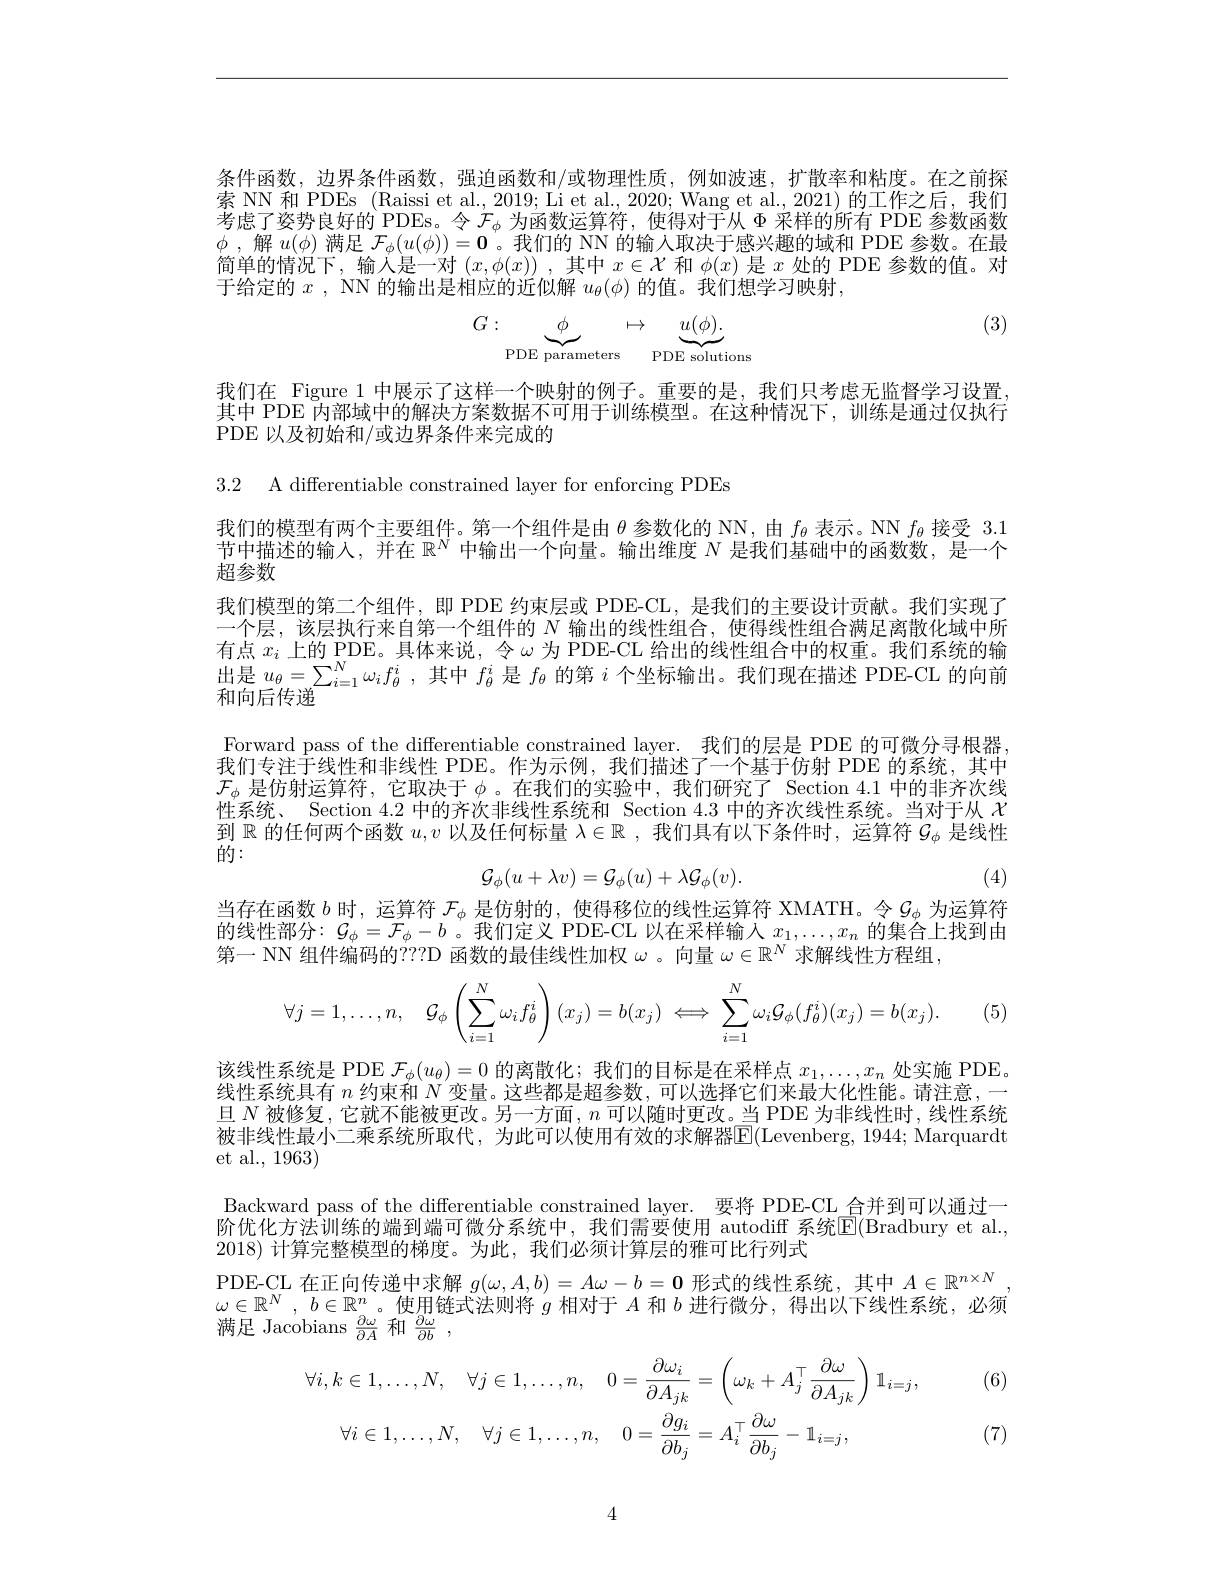
条件函数，边界条件函数，强迫函数和/或物理性质，例如波速，扩散率和粘度。在之前探索 NN 和 PDEs (Raissi et al., 2019; Li et al., 2020; Wang et al., 2021) 的工作之后，我们考虑了姿势良好的 PDEs。令$\mathcal{F}_\phi$为函数运算符，使得对于从$\Phi$采样的所有 PDE 参数函数$\phi$ ,解$u(\phi)$满足$\mathcal{F}_\phi(u(\phi))=\mathbf{0}$。我们的 NN 的输入取决于感兴趣的域和 PDE 参数。在最简单的情况下，输入是一对$(x,\phi(x))$ ,其中$x\in\mathcal{X}$和$\phi(x)$是$x$处的 PDE 参数的值。对于给定的$x$ , NN 的输出是相应的近似解$u_\theta(\phi)$的值。我们想学习映射，

(3)
$$G:\underbrace{\phi}_{\text{PDE parameters}}\mapsto\underbrace{u(\phi).}_{\text{PDE solutions}}$$
我们在 Figure 1 中展示了这样一个映射的例子。重要的是，我们只考虑无监督学习设置， 其中 PDE 内部域中的解决方案数据不可用于训练模型。在这种情况下，训练是通过仅执行PDE 以及初始和/或边界条件来完成的

3.2 A differentiable constrained layer for enforcing PDEs

我们的模型有两个主要组件。第一个组件是由$\theta$参数化的 NN,由$f_\theta$表示。NN $f_\theta$接受 3.1节中描述的输入，并在$\mathbb{R}^N$中输出一个向量。输出维度$N$是我们基础中的函数数，是一个超参数
我们模型的第二个组件，即 PDE 约束层或 PDE-CL,是我们的主要设计贡献。我们实现了一个层，该层执行来自第一个组件的$N$输出的线性组合，使得线性组合满足离散化域中所有点$x_i$上的 PDE。具体来说，令$\omega$为 PDE-CL 给出的线性组合中的权重。我们系统的输出是$u_\theta=\sum_{i=1}^N\omega_if_\theta^i$,其中$f_\theta^i$是$f_\theta$的第$i$个坐标输出。我们现在描述 PDE-CL 的向前和向后传递
Forward pass of the differentiable constrained layer. 我们的层是 PDE 的可微分寻根器我们专注于线性和非线性 PDE。作为示例，我们描述了一个基于仿射 PDE 的系统，其中$\mathcal{F}_\phi$是仿射运算符，它取决于$\phi$ 。在我们的实验中，我们研究了 Section 4.1 中的非齐次线性系统、 Section 4.2 中的齐次非线性系统和 Section 4.3中的齐次线性系统。当对于从$\chi$ 到$\mathbb{R}$的任何两个函数$u,v$以及任何标量$\lambda\in\mathbb{R}$ ,我们具有以下条件时，运算符$\mathcal{G}_\phi$是线性的：
$$\mathcal{G}_{\phi}(u+\lambda v)=\mathcal{G}_{\phi}(u)+\lambda\mathcal{G}_{\phi}(v).$$
(4)

当存在函数$b$时，运算符$\mathcal{F}_\phi$是仿射的，使得移位的线性运算符 XMATH。令$\mathcal{G}_\phi$为运算符的线性部分$:\mathcal{G}_\phi=\mathcal{F}_\phi-b$。我们定义 PDE-CL 以在采样输入 $x_1,\ldots,x_n$ 的集合上找到由第一 NN 组件编码的$^\mathrm{i}???$D 函数的最佳线性加权$\omega$ 。向量$\omega\in\mathbb{R}^N$求解线性方程组，
$$\forall j=1,\dots,n,\quad\mathcal{G}_{\phi}\left(\sum_{i=1}^{N}\omega_{i}f_{\theta}^{i}\right)(x_{j})=b(x_{j})\iff\sum_{i=1}^{N}\omega_{i}\mathcal{G}_{\phi}(f_{\theta}^{i})(x_{j})=b(x_{j}).$$
该线性系统是 PDE $\mathcal{F}_\phi(u_\theta)=0$的离散化；我们的目标是在采样点$x_1,\ldots,x_n$处实施 PDE。线性系统具有$n$约束和$N$变量。这些都是超参数，可以选择它们来最大化性能。请注意，一旦$N$ 被修复，它就不能被更改。另一方面，$n$ 可以随时更改。当 PDE 为非线性时，线性系统被非线性最小二乘系统所取代，为此可以使用有效的求解器$\overline{\mathrm{E}}($Levenberg,1944;Marquardt et al., 1963)
Backward pass of the differentiable constrained layer. 要将 PDE-CL 合并到可以通过一阶优化方法训练的端到端可微分系统中，我们需要使用 autodiff 系统$\boxed{\mathrm{E}(\text{Bradbury et al}.,}$ 2018) 计算完整模型的梯度。为此，我们必须计算层的雅可比行列式
$\begin{array}{l}\text{PDE-CL 在正向传递中求解 }g(\omega,A,b)=A\omega-b=\mathbf{0}&\text{形式的线性系统，其中 }A\in\mathbb{R}^{n\times N}\\\omega\in\mathbb{R}^N,&b\in\mathbb{R}^n\text{。使用链式法则将 }g\text{ 相对于 }A\text{ 和 }b\text{ 进行微分 ,得出以下线性系统，必须}\end{array}$
${\text{满足 Jacobians }\frac{\partial\omega}{\partial A}}$和${\frac{\partial\omega}{\partial b}}~$,

(6)
$$\forall i,k\in1,\ldots,N,\quad\forall j\in1,\ldots,n,\quad0=\frac{\partial\omega_{i}}{\partial A_{jk}}=\left(\omega_{k}+A_{j}^{\top}\frac{\partial\omega}{\partial A_{jk}}\right)\mathbb{1}_{i=j},\\\forall i\in1,\ldots,N,\quad\forall j\in1,\ldots,n,\quad0=\frac{\partial g_{i}}{\partial b_{j}}=A_{i}^{\top}\frac{\partial\omega}{\partial b_{j}}-\mathbb{1}_{i=j},$$
(7)

4